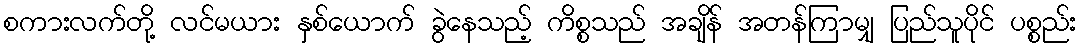
စကားလက်တို့ လင်မယား နှစ်ယောက် ခွဲနေသည့် ကိစ္စသည် အချိန် အတန်ကြာမျှ ပြည်သူပိုင် ပစ္စည်း